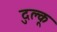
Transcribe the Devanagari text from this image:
दुल्कू